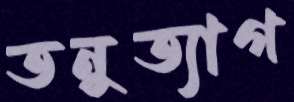
তনুত্যাগ